Senior Leaving Certificate Examination (including Day School Certificate (Higher) General paper), 1946
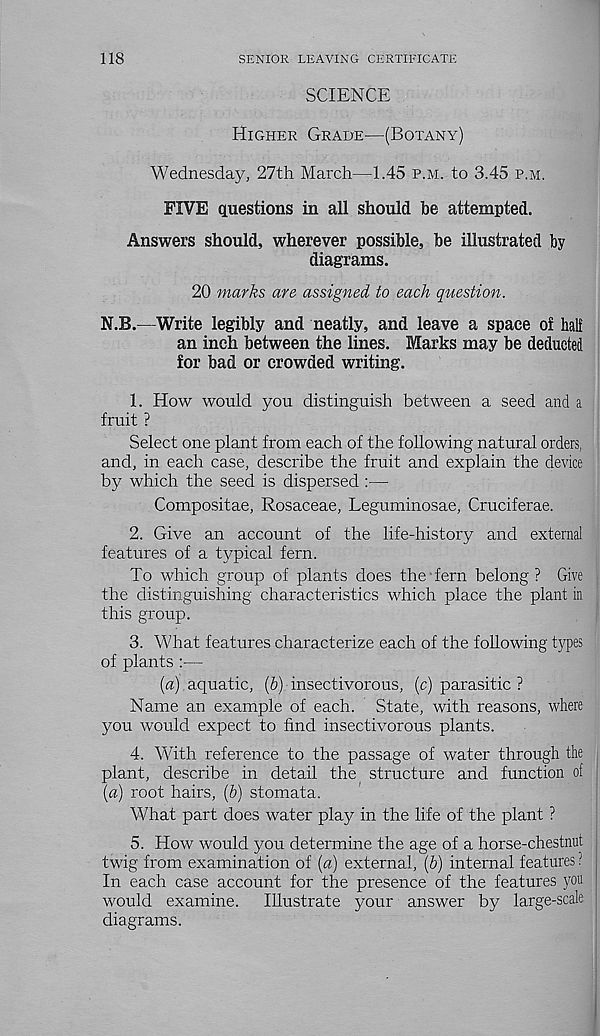
118
SENIOR LEAVING CERTIFICATE
SCIENCE
Higher Grade—(Botany)
Wednesday, 27th March—1.45 p.m. to 3.45 p.m.
FIVE questions in all should be attempted.
Answers should, wherever possible, be illustrated by
diagrams.
20 marks are assigned to each question.
N.B.—Write legibly and neatly, and leave a space of half
an inch between the lines. Marks may be deducted
for bad or crowded writing.
1. How would you distinguish between a seed and a
fruit ?
Select one plant from each of the following natural orders,
and, in each case, describe the fruit and explain the device
by which the seed is dispersed :—
Compositae, Rosaceae, Leguminosae, Cruciferae.
2. Give an account of the life-history and external
features of a typical fern.
To which group of plants does the fern belong ? Give
the distinguishing characteristics which place the plant in
this group.
3. What features characterize each of the following types
of plants :—
{a) aquatic, (6) insectivorous, (c) parasitic ?
Name an example of each. State, with reasons, where
you would expect to find insectivorous plants.
4. With reference to the passage of water through the
plant, describe in detail the structure and function of
{a) root hairs, (b) stomata.
What part does water play in the life of the plant ?
5. How would you determine the age of a horse-chestnut
twig from examination of {a) external, (6) internal features ?
In each case account for the presence of the features } ? ou
would examine.
Illustrate your answer by large-scale
diagrams.